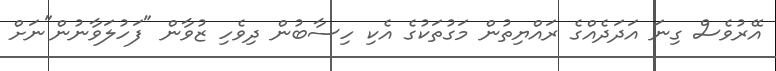
އޭރުވެސް ގިނަ އަދަދެއްގެ ރައްޔިތުން މަގުތަކުގެ އެކި ހިސާބުން ދިވެހި ޒުވާން "ފަހުލަވާނުން"ނަށް